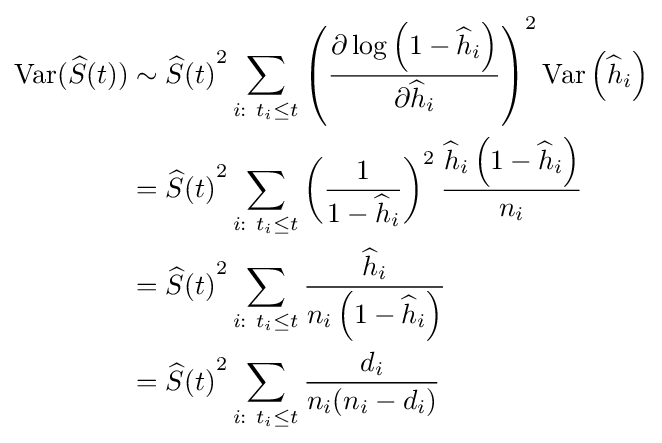
{\begin{aligned}\operatorname {Var} ({\widehat {S}}(t))&\sim {{{\widehat {S}}(t)}^{2}}\sum _{i:\ t_{i}\leq t}\left({\frac {\partial \log \left(1-{\widehat {h}}_{i}\right)}{\partial {\widehat {h}}_{i}}}\right)^{2}\operatorname {Var} \left({\widehat {h}}_{i}\right)\\&={{{\widehat {S}}(t)}^{2}}\sum _{i:\ t_{i}\leq t}\left({\frac {1}{1-{\widehat {h}}_{i}}}\right)^{2}{\frac {{\widehat {h}}_{i}\left(1-{\widehat {h}}_{i}\right)}{n_{i}}}\\&={{{\widehat {S}}(t)}^{2}}\sum _{i:\ t_{i}\leq t}{\frac {{\widehat {h}}_{i}}{n_{i}\left(1-{\widehat {h}}_{i}\right)}}\\&={{{\widehat {S}}(t)}^{2}}\sum _{i:\ t_{i}\leq t}{\frac {d_{i}}{n_{i}(n_{i}-d_{i})}}\end{aligned}}